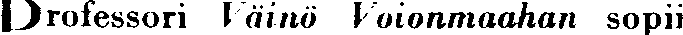
Professori Väinö Voionmaahan sopii